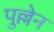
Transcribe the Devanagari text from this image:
पुल्लेन